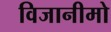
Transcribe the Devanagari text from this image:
विजानीमो